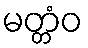
မတ္တံဝ